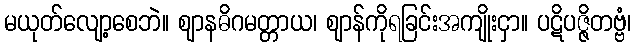
မယုတ်လျော့စေဘဲ။ ဈာနဓိဂမတ္တာယ၊ ဈာန်ကိုရခြင်းအကျိုးငှာ။ ပဋိပဇ္ဇိတဗ္ဗံ၊